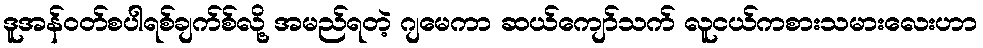
ဒူအန်ဝတ်စပါရစ်ချက်စ်လို့ အမည်ရတဲ့ ဂျမေကာ ဆယ်ကျော်သက် လူငယ်ကစားသမားလေးဟာ